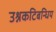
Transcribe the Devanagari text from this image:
उश्नकटिबन्धिय